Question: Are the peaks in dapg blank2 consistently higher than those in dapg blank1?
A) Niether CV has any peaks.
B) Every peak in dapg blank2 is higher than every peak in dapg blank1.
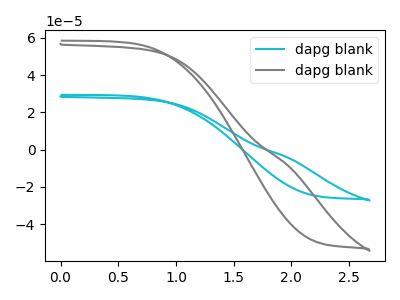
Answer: <think>The cyan curve "dapg blank1" has no peaks. The gray curve "dapg blank2" has no peaks.</think>
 <answer>A) Niether CV has any peaks.</answer>
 <eval>A</eval>